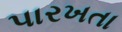
પારખતા